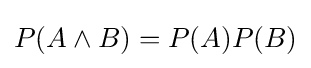
P(A\land B)=P(A)P(B)